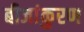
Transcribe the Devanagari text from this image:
बीजांकुरण